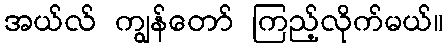
အယ်လ် ကျွန်တော် ကြည့်လိုက်မယ်။